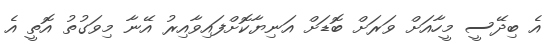
އެ ބިދޭސީ މީހާއަށް ވަރަށް ބޮޑަށް އަނިޔާކޮށްފައިވާއިރު އޭނާ މިވަގުތު އޮތީ އެ